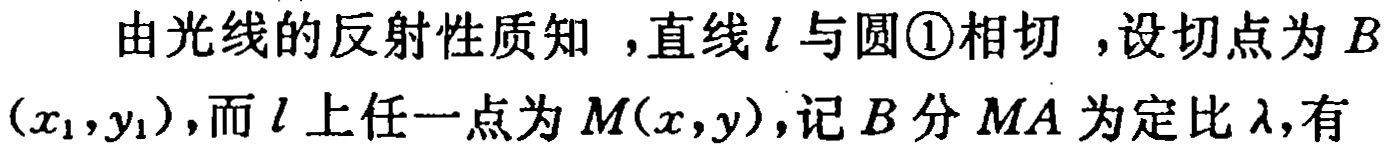
由光线的反射性质知，直线\(l\)与圆\textcircled{1}相切，设切点为\(B(x_{1},y_{1})\)，而\(l\)上任一点为\(M(x,y)\)，记\(B\)分\(MA\)为定比\(\lambda\)，有